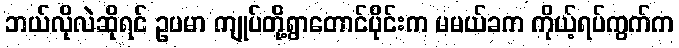
ဘယ်လိုလဲဆိုရင် ဥပမာ ကျုပ်တို့ရွာတောင်ပိုင်းက မမယ်ခက ကိုယ့်ရပ်ကွက်က